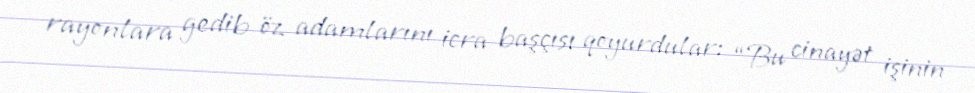
rayonlara gedib öz adamlarını icra başçısı qoyurdular: “Bu cinayət işinin